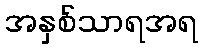
အနှစ်သာရအရ